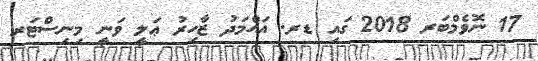
17 ނޮވެމްބަރ 2018 ގައި ޑރ. އަޙްމަދު ޒާހިރު ޢަލީ ވަނީ މިނިސްޓަރ